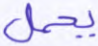
يحمل